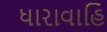
ધારાવાહિ